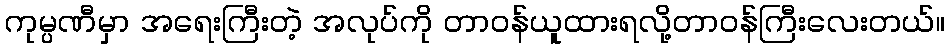
ကုမ္ပဏီမှာ အရေးကြီးတဲ့ အလုပ်ကို တာဝန်ယူထားရလို့တာဝန်ကြီးလေးတယ်။